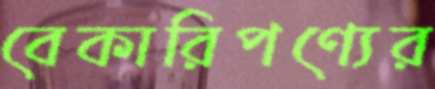
বেকারিপণ্যের